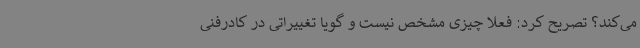
می‌کند؟ تصریح کرد: فعلا چیزی مشخص نیست و گویا تغییراتی در کادرفنی